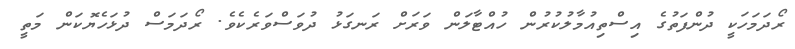
ރޯދަމަހަކީ ދުންފަތުގެ އިސްތިއުމާލުކުރުން ހުއްޓާލަން ވަރަށް ރަނގަޅު ދުވަސްވަރެކެވެ. ރޯދަމަސް ދުޅަހެޔޮކަން މަތީ